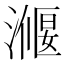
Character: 𭲣